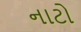
નાટો